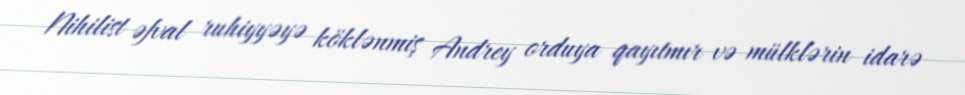
Nihilist əfval ruhiyyəyə köklənmiş Andrey orduya qayıtmır və mülklərin idarə